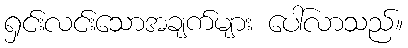
ရှင်းလင်းသောအချက်များ ပေါ်လာသည်။